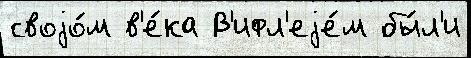
своjо́м в'е́ка В'ифл'еjе́м бы́л'и